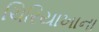
ચિરિયાખાના